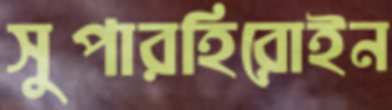
সুপারহিরোইন